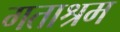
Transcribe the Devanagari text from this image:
गताश्रम